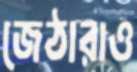
জেঠারাও